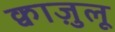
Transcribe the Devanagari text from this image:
क्वाज़ुलू